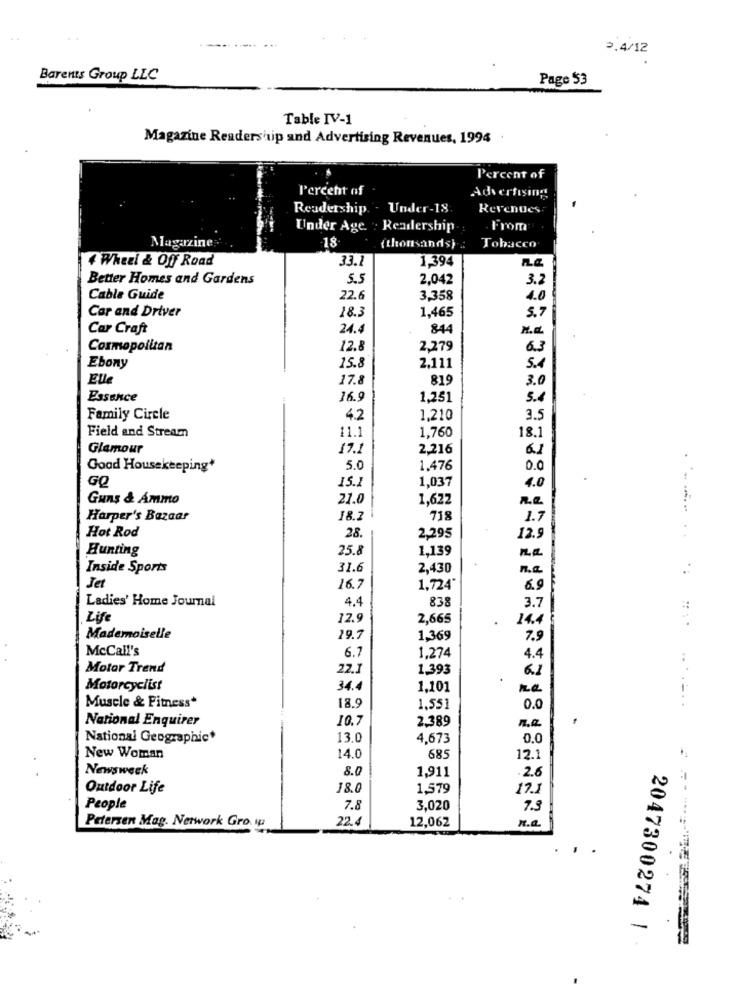
2.4/12
Barents Group LLC
Page 53
Table IV-1
Magazine Readership and Advertising Revenues, 1994
Percent of
Percent of
Advertising
Readership. . Under-18.
Revenues
Under Age : Readership.
From
Magazine
18
(thousands).
Tobacco
33.1
1,394
4 Wheel & Off Road
na
Better Homes and Gardens
5.5
2,042
3.2
Cable Guide
22.6
3.358
4.0
Car and Driver
18.3
1,465
5.7
Car Craft
24.4
844
Cosmopolitan
12.8
2,279
6.3
Ebony
15.8
2,111
5.4
Elle
17.8
819
3.0
Essence
16.9
1,251
5.4
Family Circle
4.2
1,210
3.5
Field and Stream
1,760
11.
18.1
Glamour
17.1
2.216
6.1
Good Housekeeping*
5.0
1.476
0.0
GQ
1,037
15.
4.0
Guns & Ammo
21.0
1,622
Harper's Bazaar
18.2
718
1.7
Hot Rod
28.
2,295
12.9
Hunting
25.8
1,139
Inside Sports
31.6
2,430
Jet
16.7
1.724"
6.9
Ladies' Home Journal
4.4
838
3.7
Life
12.9
2,665
14.4
Mademoiselle
29.7
1,369
7.9
McCall's
1.274
6.7
4.4
Motor Trend
22.
1.393
6.1
Motorcyclist
34.4
1,101
Muscle & Fitness*
18.9
1,551
0.0
.....
National Enquirer
10.7
2.389
National Geographic*
13,0
4,673
0.0
New Woman
14.0
685
12.1
Newsweek
8.0
1,911
-2.6
Outdoor Life
18.0
1.579
17.1
People
7.8
3,020
7.5
22.4
12,062
Petersen Mag. Network Gro. ip
2047300274 |